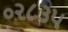
૦૨૮૩૫